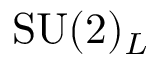
\mathrm { S U } ( 2 ) _ { L }